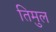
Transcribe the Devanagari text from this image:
तिमुल